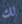
لك